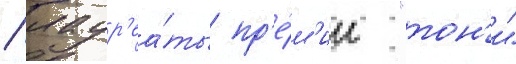
/ лаур'еа́ты пр'е́м'ии "тон'и"